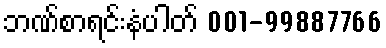
ဘဏ်စာရင်းနံပါတ် 001-99887766